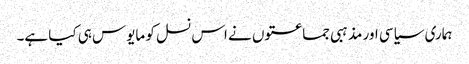
ہماری سیاسی اور مذہبی جماعتوں نے اس نسل کو مایوس ہی کیا ہے۔